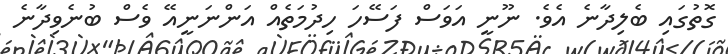
ގޮތުގައި ބެލިދާނެ އެވެ. ނޫނީ އަވަސް ފަސޭހަ ހިދުމަތެއް އަންނަނީއޭ ވެސް ބުނެވިދާނެ